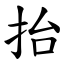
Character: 抬